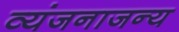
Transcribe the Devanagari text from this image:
व्यंजनाजन्य